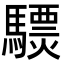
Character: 𩦈